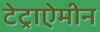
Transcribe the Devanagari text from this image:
टेट्राऐमीन